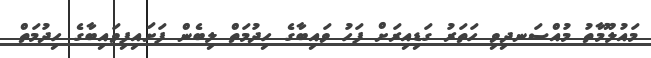
މައުލޫމާތު މުއްސަނދިވި ހަތަރު ގަޑިއިރަށް ފަހު ވައިބާގެ ހިދުމަތް ލިބެން ފަށައިފިވައިބާގެ ހިދުމަތް